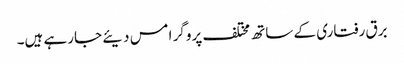
برق رفتاری کے ساتھ مختلف پروگر امس دیئے جارہے ہیں۔